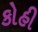
કોહી